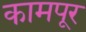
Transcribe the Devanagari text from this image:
कामपूर